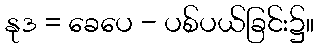
နုဒ = ခေပေ - ပစ်ပယ်ခြင်း၌။